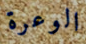
الوعرة